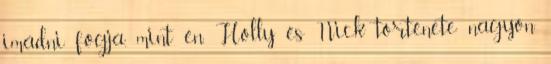
imádni fogja, mint én. Holly és Nick története nagyon